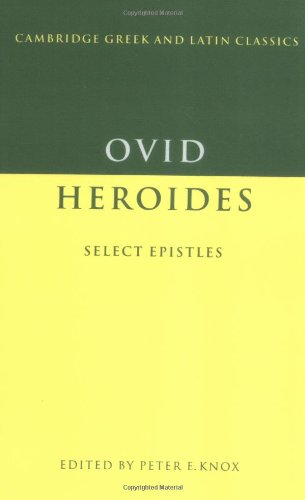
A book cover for Ovid: Heroides: Select Epistles (Cambridge Greek and Latin Classics); Ovid; Literature & Fiction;